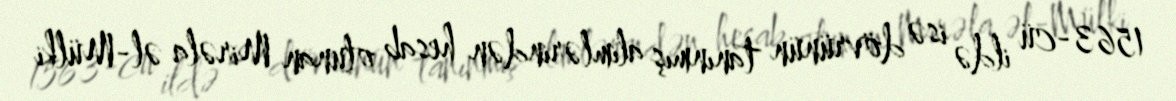
1563-cü ildə isə dövrünün tanınmış alimlərindən hesab olunan Mirəla əl-Mülki